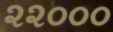
૨૨૦૦૦